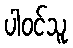
ပါဝင်သူ